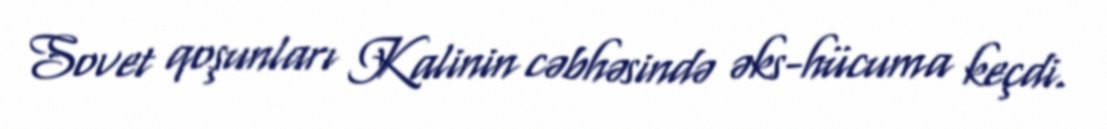
Sovet qoşunları Kalinin cəbhəsində əks-hücuma keçdi.